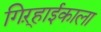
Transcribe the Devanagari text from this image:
गिऱ्हाईकाला